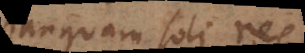
tanquam soli res